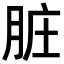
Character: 脏